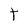
Character: T